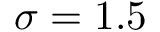
\sigma = 1 . 5